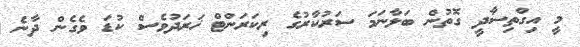
މީ އިގްތިސާދީ ގޮތުން ބަލާނަމަ ސަރުކާރުގެ ރިކަރަންޓް ޚަރަދުވެސް ކުޑަ ވެގެން ދާނެ